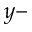
y -